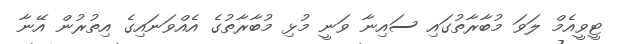
ޓީވީއެމް ލަވަ މުބާރާތުގައި ސައިނާ ވަނީ މުޅި މުބާރާތުގެ އެއްވަނައިގެ އިތުރުން އޭނާ